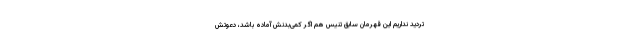
تردید نداریم این قهرمان سابق تنیس هم اگر کمی‌بدنش آماده باشد، دعوتش